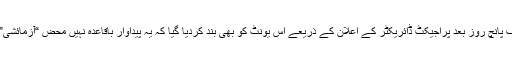
صرف پانچ روز بعد پراجیکٹ ڈائریکٹر کے اعلان کے ذریعے اس یونٹ کو بھی بند کردیا گیا کہ یہ پیداوار باقاعدہ نہیں محض “آزمائشی” تھی۔